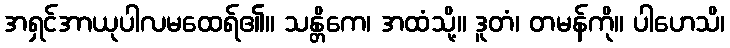
အရှင်အာယုပါလမထေရ်၏။ သန္တိကေ၊ အထံသို့။ ဒူတံ၊ တမန်ကို။ ပါဟေသိ၊